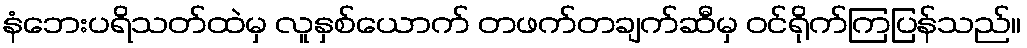
နံဘေးပရိသတ်ထဲမှ လူနှစ်ယောက် တဖက်တချက်ဆီမှ ဝင်ရိုက်ကြပြန်သည်။